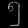
Digit: ၅